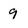
Character: 9